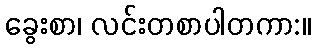
ခွေးစာ၊ လင်းတစာပါတကာ:။